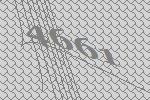
4661